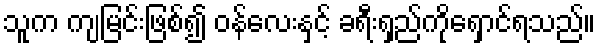
သူက ကျမြင်းဖြစ်၍ ဝန်လေးနှင့် ခရီးရှည်ကိုရှောင်ရသည်။